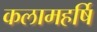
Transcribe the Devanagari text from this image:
कलामहर्षि